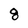
Character: 8